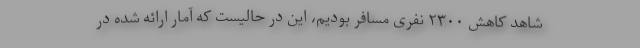
شاهد کاهش ۲۳۰۰ نفری مسافر بودیم، این در حالیست که آمار ارائه شده در